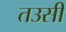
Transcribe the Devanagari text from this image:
तउसी